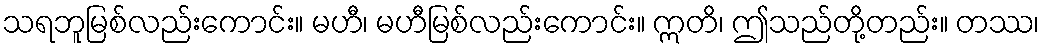
သရဘူမြစ်လည်းကောင်း။ မဟီ၊ မဟီမြစ်လည်းကောင်း။ ဣတိ၊ ဤသည်တို့တည်း။ တဿ၊